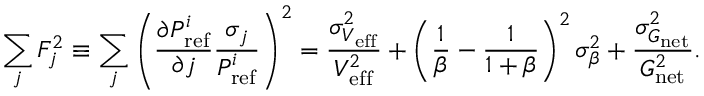
\sum _ { j } F _ { j } ^ { 2 } \equiv \sum _ { j } \left( \frac { \partial P _ { \mathrm { r e f } } ^ { i } } { \partial j } \frac { \sigma _ { j } } { P _ { \mathrm { r e f } } ^ { i } } \right) ^ { 2 } = \frac { \sigma _ { V _ { \mathrm { e f f } } } ^ { 2 } } { V _ { \mathrm { e f f } } ^ { 2 } } + \left( \frac { 1 } { \beta } - \frac { 1 } { 1 + \beta } \right) ^ { 2 } \sigma _ { \beta } ^ { 2 } + \frac { \sigma _ { G _ { \mathrm { n e t } } } ^ { 2 } } { G _ { \mathrm { n e t } } ^ { 2 } } .